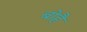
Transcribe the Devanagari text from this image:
बोहै